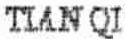
TIAN QI